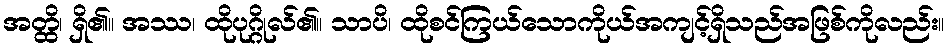
အတ္ထိ၊ ရှိ၏။ အဿ၊ ထိုပုဂ္ဂိုလ်၏။ သာပိ၊ ထိုစင်ကြယ်သောကိုယ်အကျင့်ရှိသည်အဖြစ်ကိုလည်း။